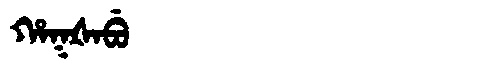
Manchu: ᡥᠠᡴᡧᠠᠪᡠ
Romanization: HAKŠABU